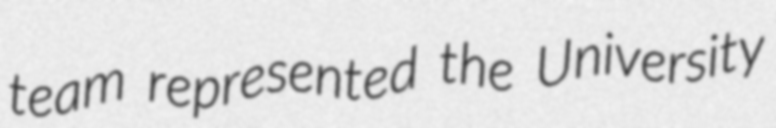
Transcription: team represented the University